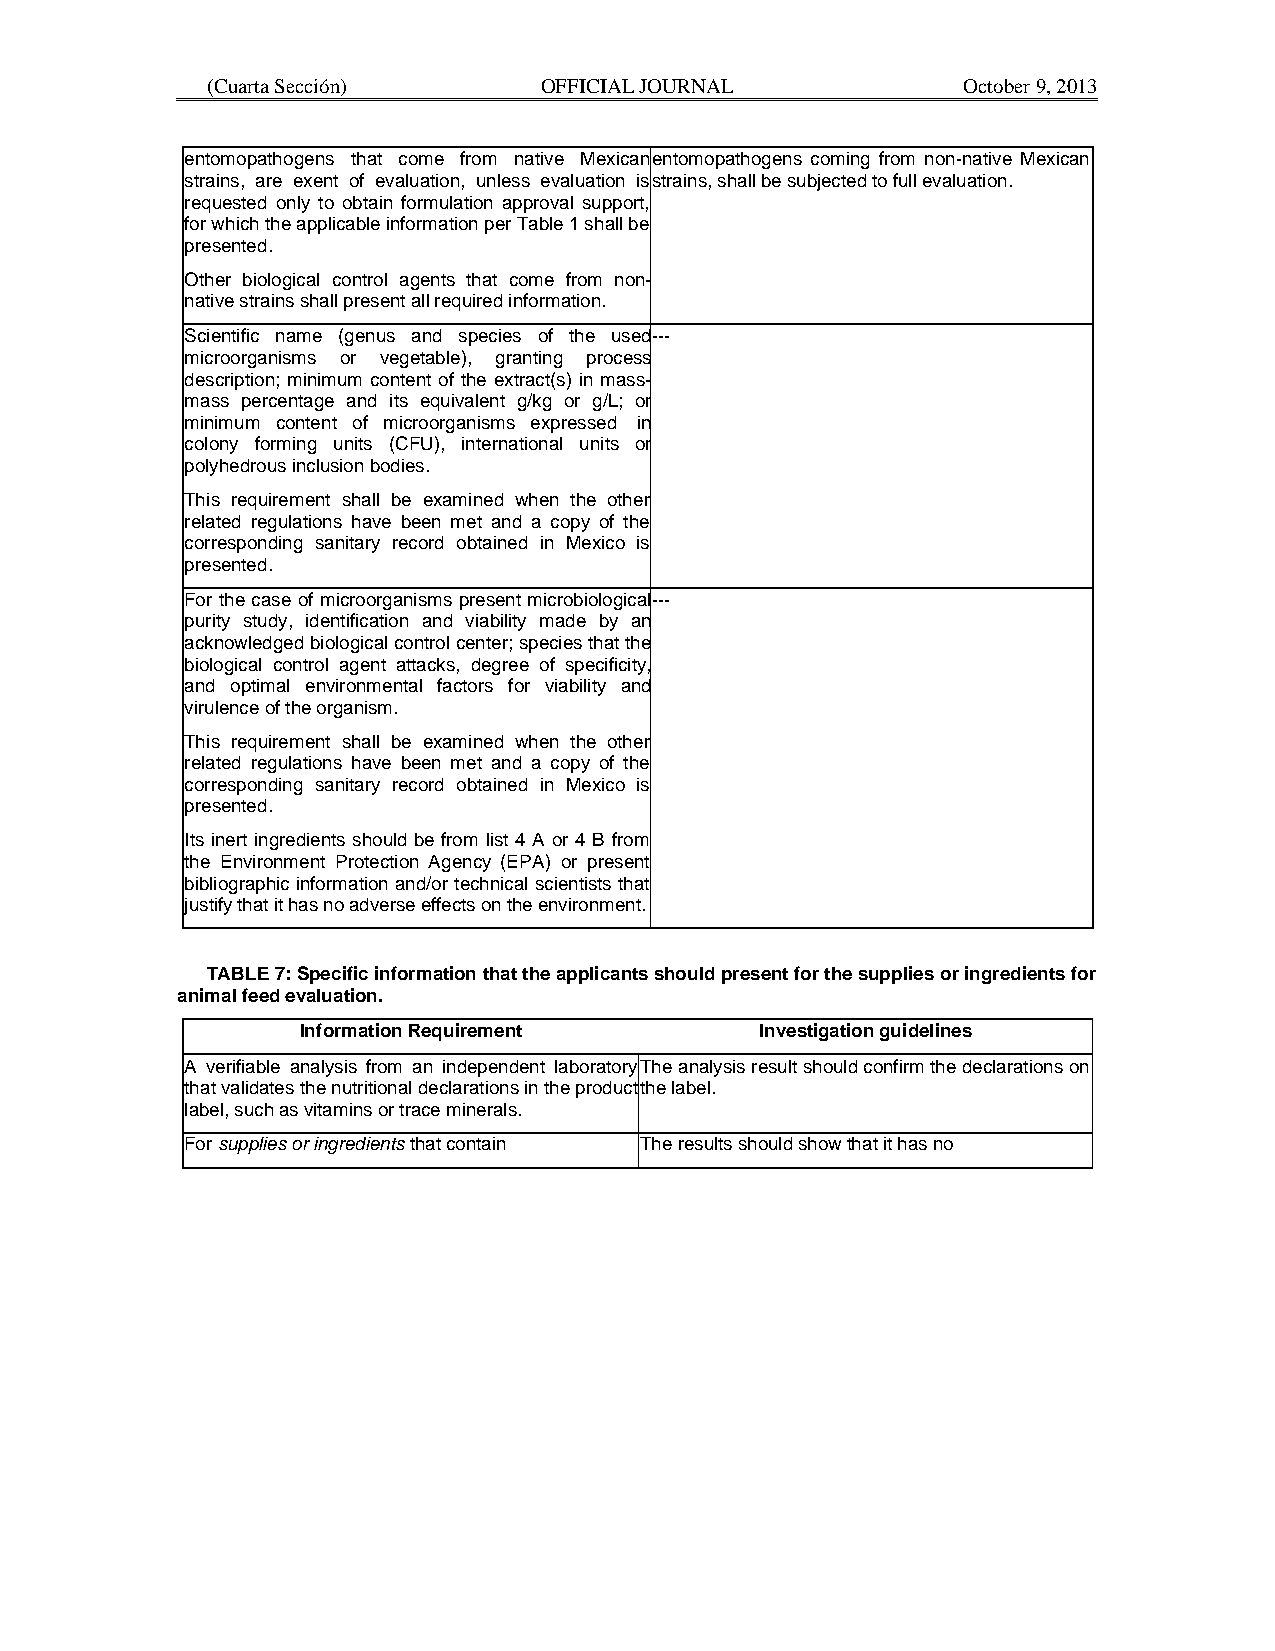
(Cuarta Sección)      OFFICIAL JOURNAL            October 9, 2013
 entomopathogens that come from native Mexican entomopathogens coming from non-native Mexican
 strains, are exent of evaluation, unless evaluation is strains, shall be subjected to full evaluation.
 requested only to obtain formulation approval support,
 for which the applicable information per Table 1 shall be
 presented.
 Other biological control agents that come from non-
 native strains shall present all required information.
 Scientific name (genus and species of the used ---
 microorganisms or vegetable), granting process
 description; minimum content of the extract(s) in mass-
 mass percentage and its equivalent g/kg or g/L; or
 minimum content of microorganisms expressed in
 colony forming units (CFU), international units or
 polyhedrous inclusion bodies.
 This requirement shall be examined when the other
 related regulations have been met and a copy of the
 corresponding sanitary record obtained in Mexico is
 presented.
 For the case of microorganisms present microbiological ---
 purity study, identification and viability made by an
 acknowledged biological control center; species that the
 biological control agent attacks, degree of specificity,
 and optimal environmental factors for viability and
 virulence of the organism.
 This requirement shall be examined when the other
 related regulations have been met and a copy of the
 corresponding sanitary record obtained in Mexico is
 presented.
 Its inert ingredients should be from list 4 A or 4 B from
 the Environment Protection Agency (EPA) or present
 bibliographic information and/or technical scientists that
 justify that it has no adverse effects on the environment.
 TABLE 7: Specific information that the applicants should present for the supplies or ingredients for
 animal feed evaluation.
 Information Requirement       Investigation guidelines
 A verifiable analysis from an independent laboratory The analysis result should confirm the declarations on
 that validates the nutritional declarations in the product the label.
 label, such as vitamins or trace minerals.
 For supplies or ingredients that contain The results should show that it has no